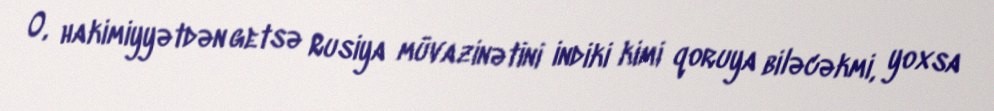
O, hakimiyyətdən getsə Rusiya müvazinətini indiki kimi qoruya biləcəkmi, yoxsa